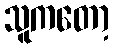
သူကတော့